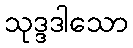
သုဒ္ဒဒါသော